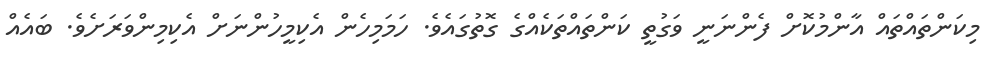
މިކަންތައްތައް އާންމުކޮށް ފެންނަނީ ވަގުތީ ކަންތައްތަކެއްގެ ގޮތުގައެވެ. ހަމަމިހެން އެކިމީހުންނަށް އެކިމިންވަރަށެވެ. ބައެއް